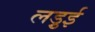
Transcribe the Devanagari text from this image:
लड़ुई